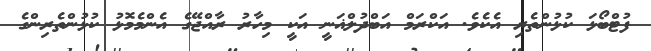
ފުޓްބޯޅަ ކުޅުންތެރި އެކެވެ. އަކްރަމް އަބްދުލްޣަނީ އަކީ މިހާރު ރާއްޖޭގެ އެންމެމޮޅު ކުޅުންތެރިންގެ